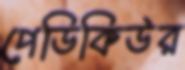
পেডিকিউর